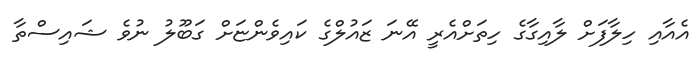
އެއާއި ހިލާފަށް ލާއިގާގެ ހިތަށްއެރީ އޭނަ ޒައުލްގެ ކައިވެންޏަށް ގަބޫލު ނުވެ ޝައިސްތާ